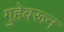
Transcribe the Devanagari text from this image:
गुहेवरून